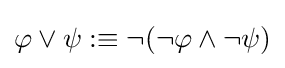
\varphi \vee \psi :\equiv \neg (\neg \varphi \land \neg \psi )